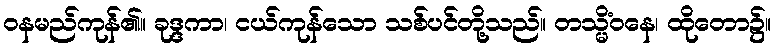
ဝနမည်ကုန်၏။ ခုဒ္ဒကာ၊ ငယ်ကုန်သော သစ်ပင်တို့သည်။ တသ္မိံဝနေ၊ ထိုတော၌။